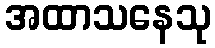
အထာသနေသု